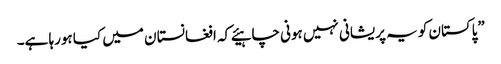
”پاکستان کو یہ پریشانی نہیں ہونی چاہیئے کہ افغانستا ن میں کیا ہورہا ہے۔